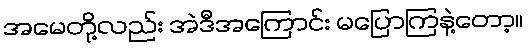
အမေတို့လည်း အဲဒီအကြောင်း မပြောကြနဲ့တော့။